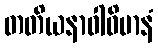
တတိယနာဝါဝိမာနံ